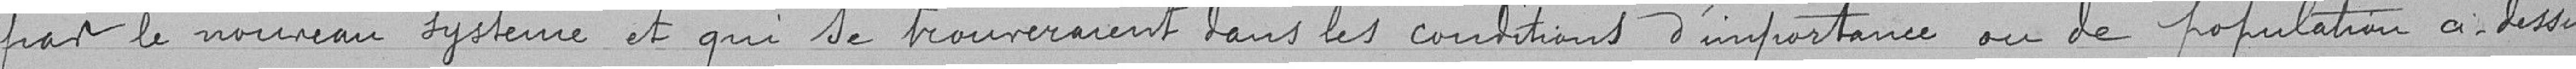
par le nouveau système et qui se trouveraient dans les conditions d'importance ou de population ci-dessous